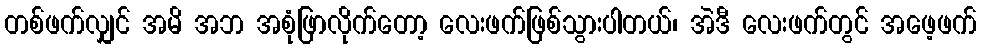
တစ်ဖက်လျှင် အမိ အဘ အစုံဖြာလိုက်တော့ လေးဖက်ဖြစ်သွားပါတယ်၊ အဲဒီ လေးဖက်တွင် အဖေ့ဖက်